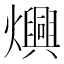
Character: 𬋙